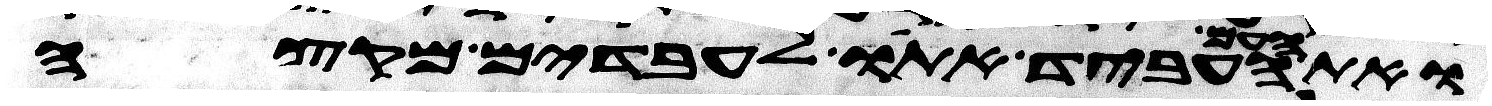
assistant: ואת העם העביד אתו לעבדים מקצה